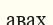
авах